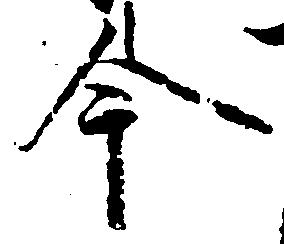
今